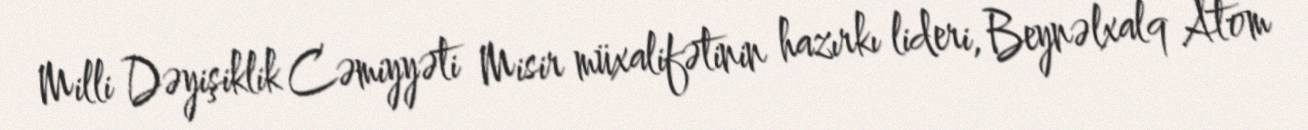
Milli Dəyişiklik Cəmiyyəti Misir müxalifətinin hazırkı lideri, Beynəlxalq Atom